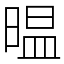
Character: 㬈